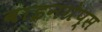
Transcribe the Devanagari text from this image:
वाइनग्रेप्स